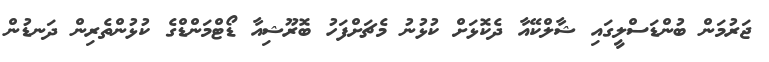
ޖަރުމަން ބުންޑަސްލީގައި ޝާލްކޭއާ ދެކޮޅަށް ކުޅުނު މެޗަށްފަހު ބޮރޫޝިއާ ޑޯޓްމަންޑްގެ ކުޅުންތެރިން ދަނޑުން